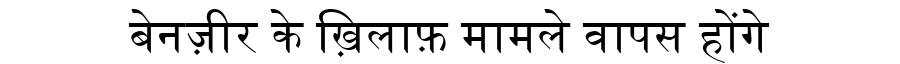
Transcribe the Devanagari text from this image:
बेनज़ीर के ख़िलाफ़ मामले वापस होंगे